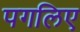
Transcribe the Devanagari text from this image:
पगलिए